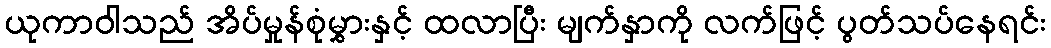
ယုကာဝါသည် အိပ်မှုန်စုံမွှားနှင့် ထလာပြီး မျက်နှာကို လက်ဖြင့် ပွတ်သပ်နေရင်း